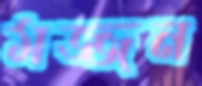
মজ্জন